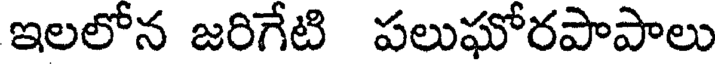
ఇలలోన జరిగేటి పలుఘోరపాపాలు